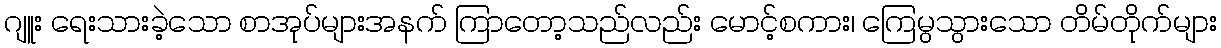
ဂျူး ရေးသားခဲ့သော စာအုပ်များအနက် ကြာတော့သည်လည်း မောင့်စကား၊ ကြေမွသွားသော တိမ်တိုက်များ